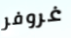
غروفر